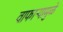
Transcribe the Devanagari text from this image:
वाफाऱ्यामुळे